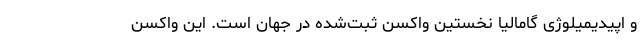
و اپیدیمیلوژی گامالیا نخستین واکسن ثبت‌شده در جهان است. این واکسن